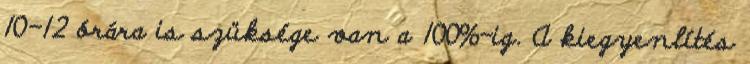
10-12 órára is szüksége van a 100%-ig. A kiegyenlítés